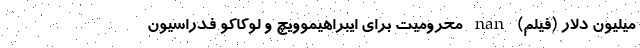
میلیون دلار (فیلم) nan محرومیت برای ایبراهیموویچ و لوکاکو فدراسیون